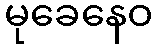
မုခေနေဝ